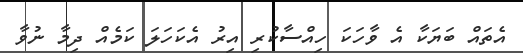
އެތައް ބަޔަކާ އެ ވާހަކަ ހިއްސާކުރި އިރު އެކަހަލަ ކަމެއް ދިމާ ނުވާ